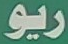
ريو